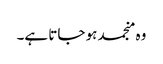
وہ منجمد ہو جاتا ہے۔